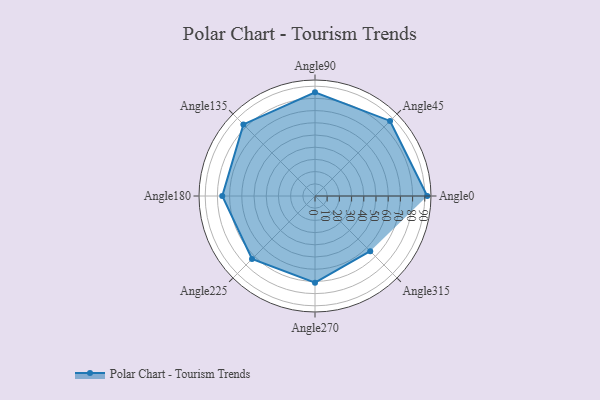
{"axis": {"x": "Angle", "y": "Radius"}, "legend": [""], "data": [{"x": "Angle0", "y": 92.0, "type": ""}, {"x": "Angle45", "y": 87.0, "type": ""}, {"x": "Angle90", "y": 85.0, "type": ""}, {"x": "Angle135", "y": 83.0, "type": ""}, {"x": "Angle180", "y": 76.0, "type": ""}, {"x": "Angle225", "y": 73.0, "type": ""}, {"x": "Angle270", "y": 71.0, "type": ""}, {"x": "Angle315", "y": 64.0, "type": ""}]}